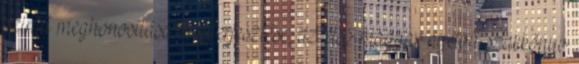
szintű meghonosítása és elterjesztése, az első magyar nyelvű szakkönyv